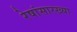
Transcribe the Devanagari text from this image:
रेषांसारख्या